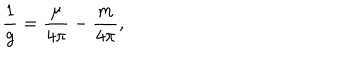
\frac { 1 } { g } = \frac { \mu } { 4 \pi } - \frac { m } { 4 \pi } ,